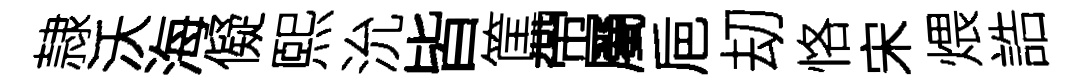
隷沃海儗熙沇皆筐帶屬巵刧恪宋煨誥